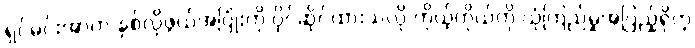
ရှင်မင်းအာက နှစ်လိုဖွယ်အပြုံးကို ပိုင်ဆိုင်ထားသလို ကိုယ့်ကိုယ်ကို ယုံကြည်မှုအပြည့်ရှိတဲ့